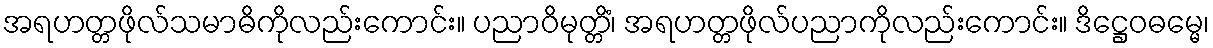
အရဟတ္တဖိုလ်သမာဓိကိုလည်းကောင်း။ ပညာဝိမုတ္တိံ၊ အရဟတ္တဖိုလ်ပညာကိုလည်းကောင်း။ ဒိဋ္ဌေဝဓမ္မေ၊